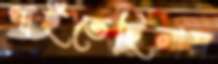
পাইতেছিলাম